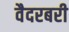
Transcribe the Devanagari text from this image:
वैदरबरी